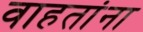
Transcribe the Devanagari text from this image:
वाहतांना